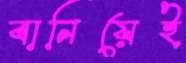
বানিয়েই